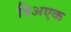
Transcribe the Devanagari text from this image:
त्रिअएक